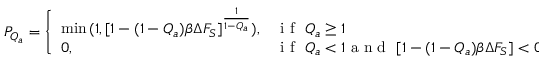
P _ { Q _ { a } } = \left\{ \begin{array} { l l } { \operatorname* { m i n } { ( 1 , [ 1 - ( 1 - Q _ { a } ) \beta \Delta F _ { S } ] ^ { \frac { 1 } { 1 - Q _ { a } } } ) } , } & { \mathrm { ~ i ~ f ~ } \ Q _ { a } \ge 1 } \\ { 0 , } & { \mathrm { ~ i ~ f ~ } \ Q _ { a } < 1 \mathrm { ~ a ~ n ~ d ~ } \ [ 1 - ( 1 - Q _ { a } ) \beta \Delta F _ { S } ] < 0 } \end{array} \right.